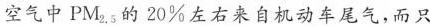
空气中PM_{2.5}的20\%左右来自机动车尾气，而只